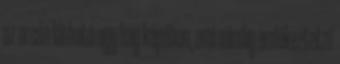
az arcán látható egy heg képében, ami mindig emlékeztetni